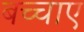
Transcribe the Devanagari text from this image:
बच्चाए